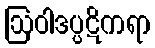
ဩဝါဒပ္ပဋိကရာ